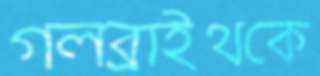
গলব্রাইথকে